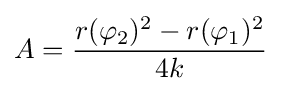
A={\frac {r(\varphi _{2})^{2}-r(\varphi _{1})^{2}}{4k}}